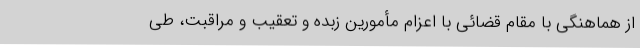
از هماهنگی با مقام قضائی با اعزام مأمورین زبده و تعقیب و مراقبت، طی